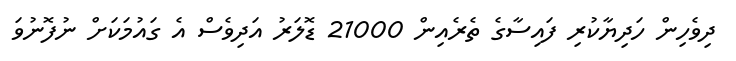
ދިވެހިން ހަދިޔާކުރި ފައިސާގެ ތެރެއިން 21000 ޑޮލަރު އަދިވެސް އެ ގައުމަކަށް ނުފޮނުވަ